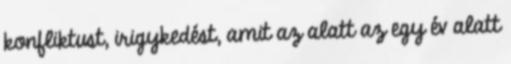
konfliktust, irigykedést, amit az alatt az egy év alatt